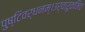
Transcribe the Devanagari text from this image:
पुष्टिवर्धनम्।उर्वारुकमिव